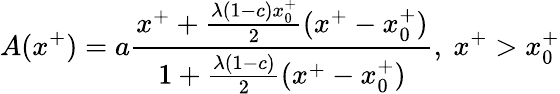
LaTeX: A(x^{+})=a{\frac{x^{+}+{\frac{\lambda(1-c)x_{0}^{+}}{2}}(x^{+}-x_{0}^{+})}{1+{\frac{\lambda(1-c)}{2}}(x^{+}-x_{0}^{+})}},\ x^{+}>x_{0}^{+}